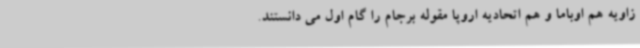
زاویه هم اوباما و هم اتحادیه اروپا مقوله برجام را گام اول می دانستند.